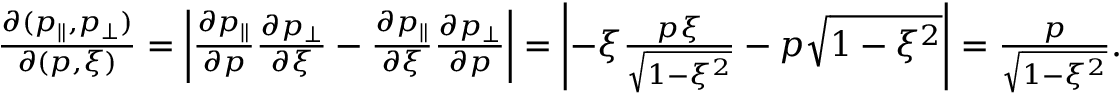
\begin{array} { r } { \frac { \partial ( p _ { \parallel } , p _ { \perp } ) } { \partial ( p , \xi ) } = \left| \frac { \partial p _ { \parallel } } { \partial p } \frac { \partial p _ { \perp } } { \partial \xi } - \frac { \partial p _ { \parallel } } { \partial \xi } \frac { \partial p _ { \perp } } { \partial p } \right| = \left| - \xi \frac { p \xi } { \sqrt { 1 - \xi ^ { 2 } } } - p \sqrt { 1 - \xi ^ { 2 } } \right| = \frac { p } { \sqrt { 1 - \xi ^ { 2 } } } . } \end{array}